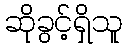
ဆိုခွင့်ရှိသူ